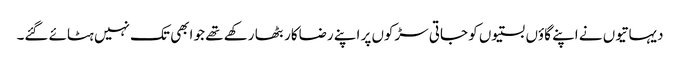
دیہاتیوں نے اپنے گاؤں بستیوں کو جاتی سڑکوں پر اپنے رضاکار بٹھا رکھے تھے جو ابھی تک نہیں ہٹائے گئے۔